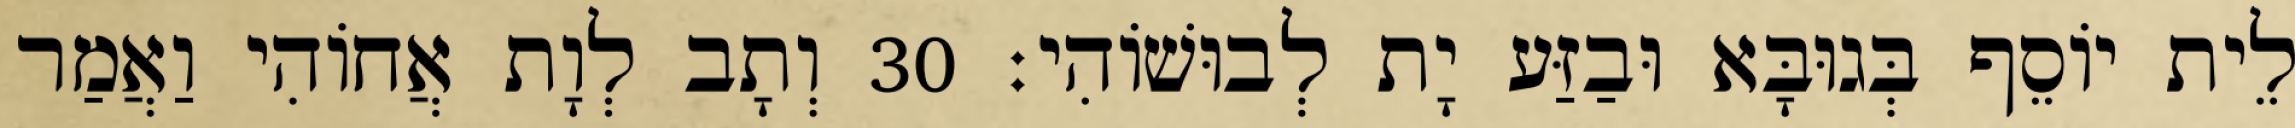
לֵית יוֹסֵף בְּגוּבָּא וּבַזַּע יָת לְבוּשׁוֹהִי׃ 30 וְתָב לְוָת אֲחוֹהִי וַאֲמַר